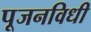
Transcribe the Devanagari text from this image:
पूजनविधी